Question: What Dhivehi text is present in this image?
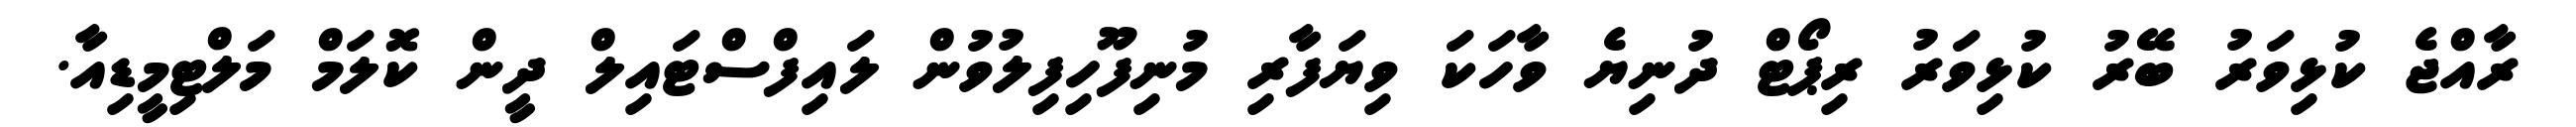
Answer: ރާއްޖެ ކުޅިވަރު ބޭރު ކުޅިވަރު ރިޕޯޓް ދުނިޔެ ވާހަކަ ވިޔަފާރި މުނިފޫހިފިލުވުން ލައިފްސްޓައިލް ދީން ކޮލަމް މަލްޓިމީޑިއާ.